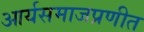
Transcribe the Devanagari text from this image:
आर्यसमाजप्रणीत